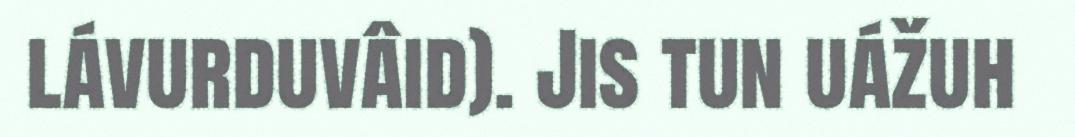
lávurduvâid). Jis tun uážuh